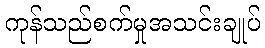
ကုန်သည်စက်မှုအသင်းချုပ်